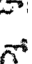
న